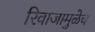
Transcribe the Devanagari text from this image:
रिवाजामुळेच